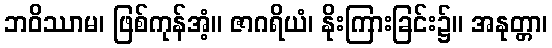
ဘဝိဿာမ၊ ဖြစ်ကုန်အံ့။ ဇာဂရိယံ၊ နိုးကြားခြင်း၌။ အနုတ္တာ၊